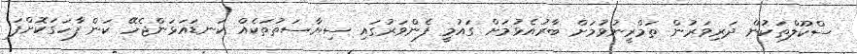
ސްކޫލްތަކުން ދަރިވަރުން ތަމްރީނުވުމަށް ބާރުއެޅުމަށް ގައުމީ ފެންވަރުގައި ސިޔާސަތުތަކެއް ކަނޑައަޅަންޖެހޭ ކަން ފާހަގަކޮށްފަ